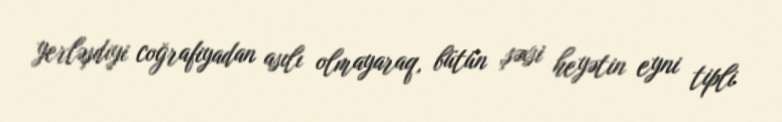
yerləşdiyi coğrafiyadan asılı olmayaraq, bütün şəxsi heyətin eyni tipli